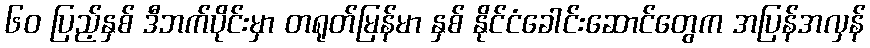
၆၀ ပြည့်နှစ် ဒီဘက်ပိုင်းမှာ တရုတ်မြန်မာ နှစ် နိုင်ငံခေါင်းဆောင်တွေက အပြန်အလှန်